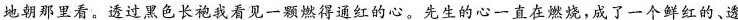
地朝那里看，透过黑色长袍我看见一颗燃得通红的心。先生的心一直在燃烧，成了一个鲜红的、透